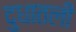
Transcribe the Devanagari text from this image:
दुधातली